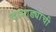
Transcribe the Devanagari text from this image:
दाभाड्यांची